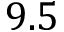
9 . 5